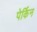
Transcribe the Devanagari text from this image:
पेर्किन